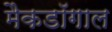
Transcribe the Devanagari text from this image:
मैकडॉगाल